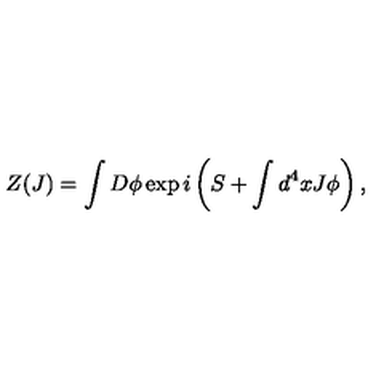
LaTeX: Z ( J ) = \int D \phi \exp i \left( S + \int d ^ { 4 } x J \phi \right) ,